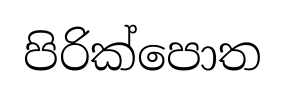
පිරික්පොත